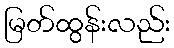
မြတ်ထွန်းလည်း